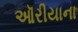
ઑરીયાના